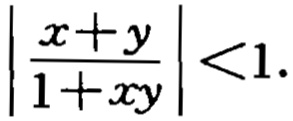
$\left|\frac{x + y}{1 + xy}\right| < 1.$